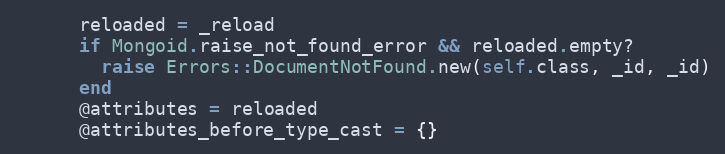
Language: Ruby
      reloaded = _reload
      if Mongoid.raise_not_found_error && reloaded.empty?
        raise Errors::DocumentNotFound.new(self.class, _id, _id)
      end
      @attributes = reloaded
      @attributes_before_type_cast = {}